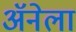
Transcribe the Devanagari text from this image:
अॅनेला